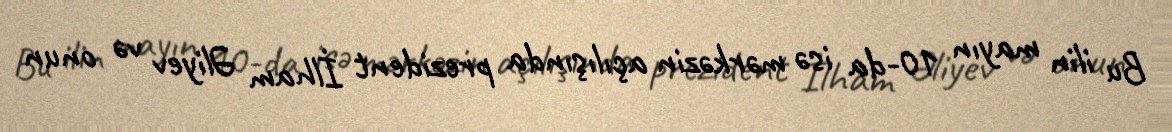
Bu ilin mayın 10-da isə mərkəzin açılışında prezident İlham Əliyev və onun